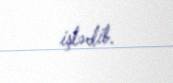
işlədib.